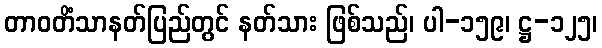
တာဝတိံသာနတ်ပြည်တွင် နတ်သား ဖြစ်သည်၊ ပါ-၁၅၉၊ ဋ္ဌ-၁၂၅၊